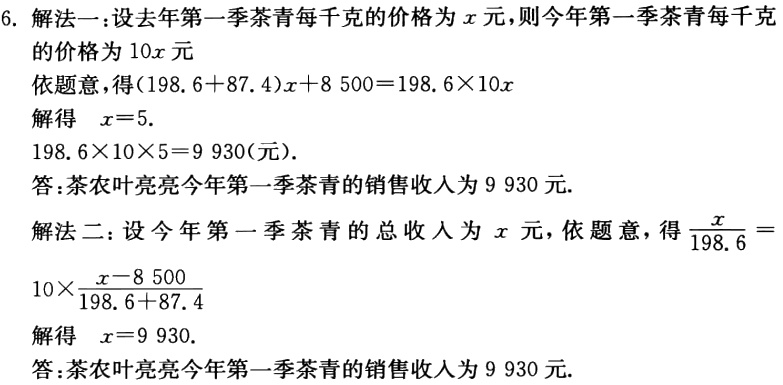
6. 解法一：设去年第一季茶青每千克的价格为\(x\)元，则今年第一季茶青每千克的价格为\(10x\)元

依题意，得\((198.6 + 87.4)x+8500 = 198.6\times10x\)

解得 \(x = 5\).

\(198.6\times10\times5 = 9930\)(元).

答：茶农叶亮亮今年第一季茶青的销售收入为\(9930\)元.

解法二：设今年第一季茶青的总收人为\(x\)元，依题意，得\(\frac{x}{198.6}=10\times\frac{x - 8500}{198.6 + 87.4}\)

解得 \(x = 9930\).

答：茶农叶亮亮今年第一季茶青的销售收入为\(9930\)元.